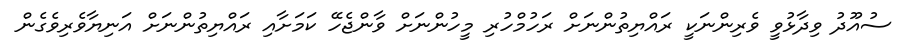
ސުއޫދު ވިދާޅުވީ ވެރިންނަކީ ރައްޔިތުންނަށް ރަހުމްހުރި މީހުންނަށް ވާންޖެހޭ ކަމަށާއި ރައްޔިތުންނަށް އަނިޔާވެރިވެގެން